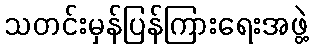
သတင်းမှန်ပြန်ကြားရေးအဖွဲ့